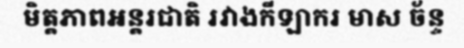
មិត្តភាពអន្តរជាតិ រវាងកីឡាករ មាស ច័ន្ទ